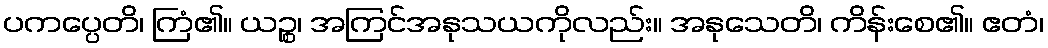
ပကပ္ပေတိ၊ ကြံ၏။ ယဉ္စ၊ အကြင်အနုသယကိုလည်း။ အနုသေတိ၊ ကိန်းစေ၏။ ဧတံ၊